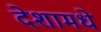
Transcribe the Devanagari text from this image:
देशामधे